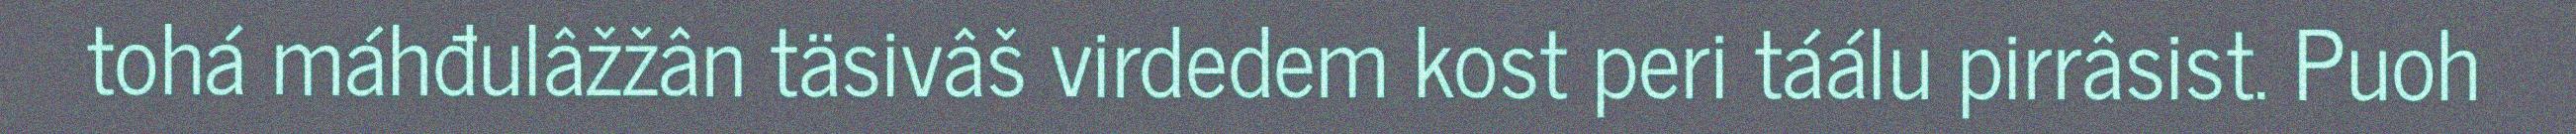
tohá máhđulâžžân täsivâš virdedem kost peri táálu pirrâsist. Puoh